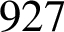
9 2 7